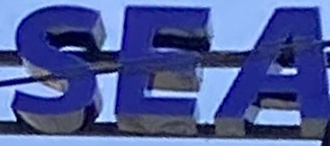
SEA